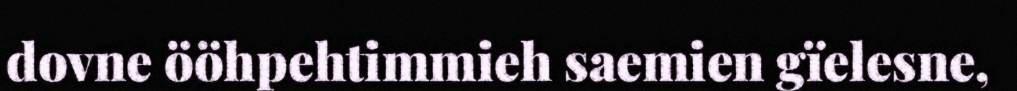
dovne ööhpehtimmieh saemien gïelesne,